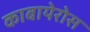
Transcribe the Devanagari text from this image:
काबायेरोस